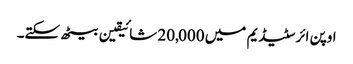
اوپن ائر سٹیڈیم میں 20,000 شائیقین بیٹھ سکتے۔